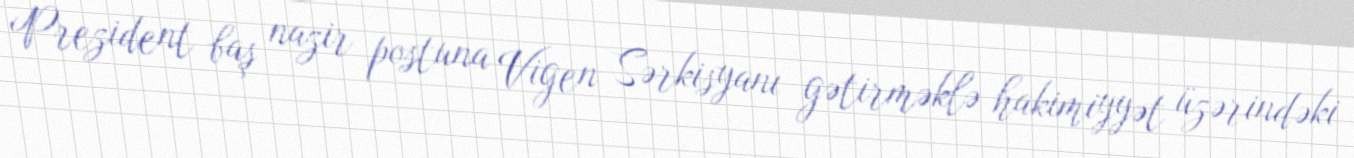
Prezident baş nazir postuna Vigen Sərkisyanı gətirməklə hakimiyyət üzərindəki